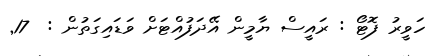
ހަވީރު ފޮޓޯ : ރައީސް ޔާމީން އޭދަފުއްޓަށް ވަޑައިގަތުން :  17